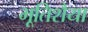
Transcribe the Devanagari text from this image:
भूतिशैया